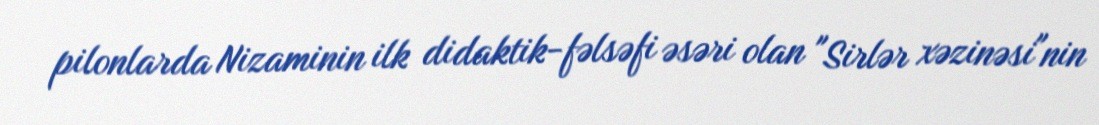
pilonlarda Nizaminin ilk didaktik-fəlsəfi əsəri olan "Sirlər xəzinəsi"nin